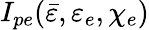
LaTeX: I_{pe}(\bar{\varepsilon},\varepsilon_{e},\chi_{e})